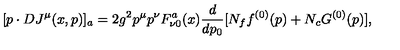
[ p \cdot D J ^ { \mu } ( x , p ) ] _ { a } = 2 g ^ { 2 } p ^ { \mu } p ^ { \nu } F _ { \nu 0 } ^ { a } ( x ) { \frac { d } { d p _ { 0 } } } [ N _ { f } f ^ { ( 0 ) } ( p ) + N _ { c } G ^ { ( 0 ) } ( p ) ] ,